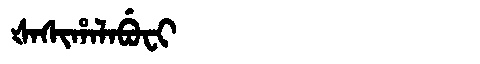
Manchu: ᡧᠠᠰᡳᡥᠠᠯᠠᠪᡠᠸᡳ
Romanization: ŠASIHALABUFI